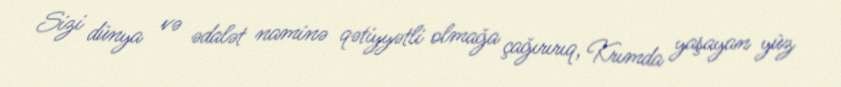
Sizi dünya və ədalət naminə qətiyyətli olmağa çağırırıq, Krımda yaşayan yüz